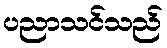
ပညာသင်သည်